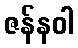
ဇန်နဝါ